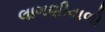
લાગણીવાળો